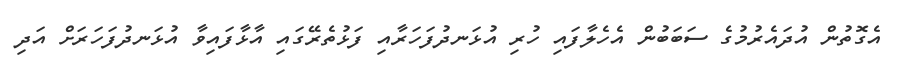
އެގޮތުން އުދައެރުމުގެ ސަބަބުން އެހެލާފައި ހުރި އުޅަނދުފަހަރާއި ފަޅުތެރޭގައި އާޅާފައިވާ އުޅަނދުފަހަރަށް އަދި